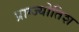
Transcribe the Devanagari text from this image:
प्राग्ज्योतिश